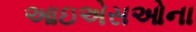
આઇએસઓના